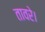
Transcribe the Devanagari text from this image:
तावरे।